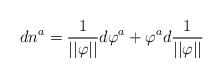
LaTeX: \begin{align*}dn^a=\frac 1{||\varphi ||}d\varphi ^a+\varphi ^ad\frac 1{||\varphi ||}\end{align*}